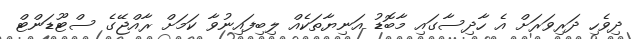
ދިވެހި ދަރިވަރަށް އެ ހާދިސާގައި މާބޮޑު އަނިޔާތަކެއް ލިބިފައިނުވާ ކަމަށް ރާއްޖޭގެ ސްޓޫޑަންޓް